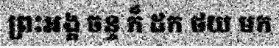
ព្រះអង្គ ចន្ទ ក៏ ដក ថយ មក